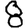
Digit: 8